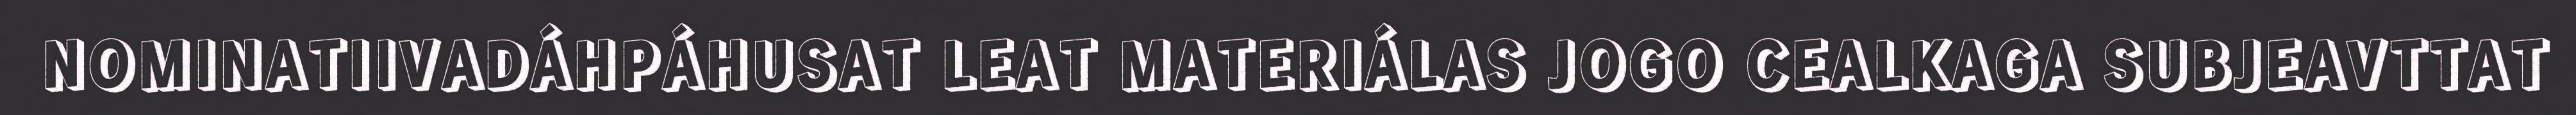
NOMINATIIVADÁHPÁHUSAT LEAT MATERIÁLAS JOGO CEALKAGA SUBJEAVTTAT